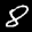
Label: 8